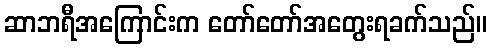
ဆာဘရီအကြောင်းက တော်တော်အတွေးရခက်သည်။